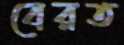
বেরত